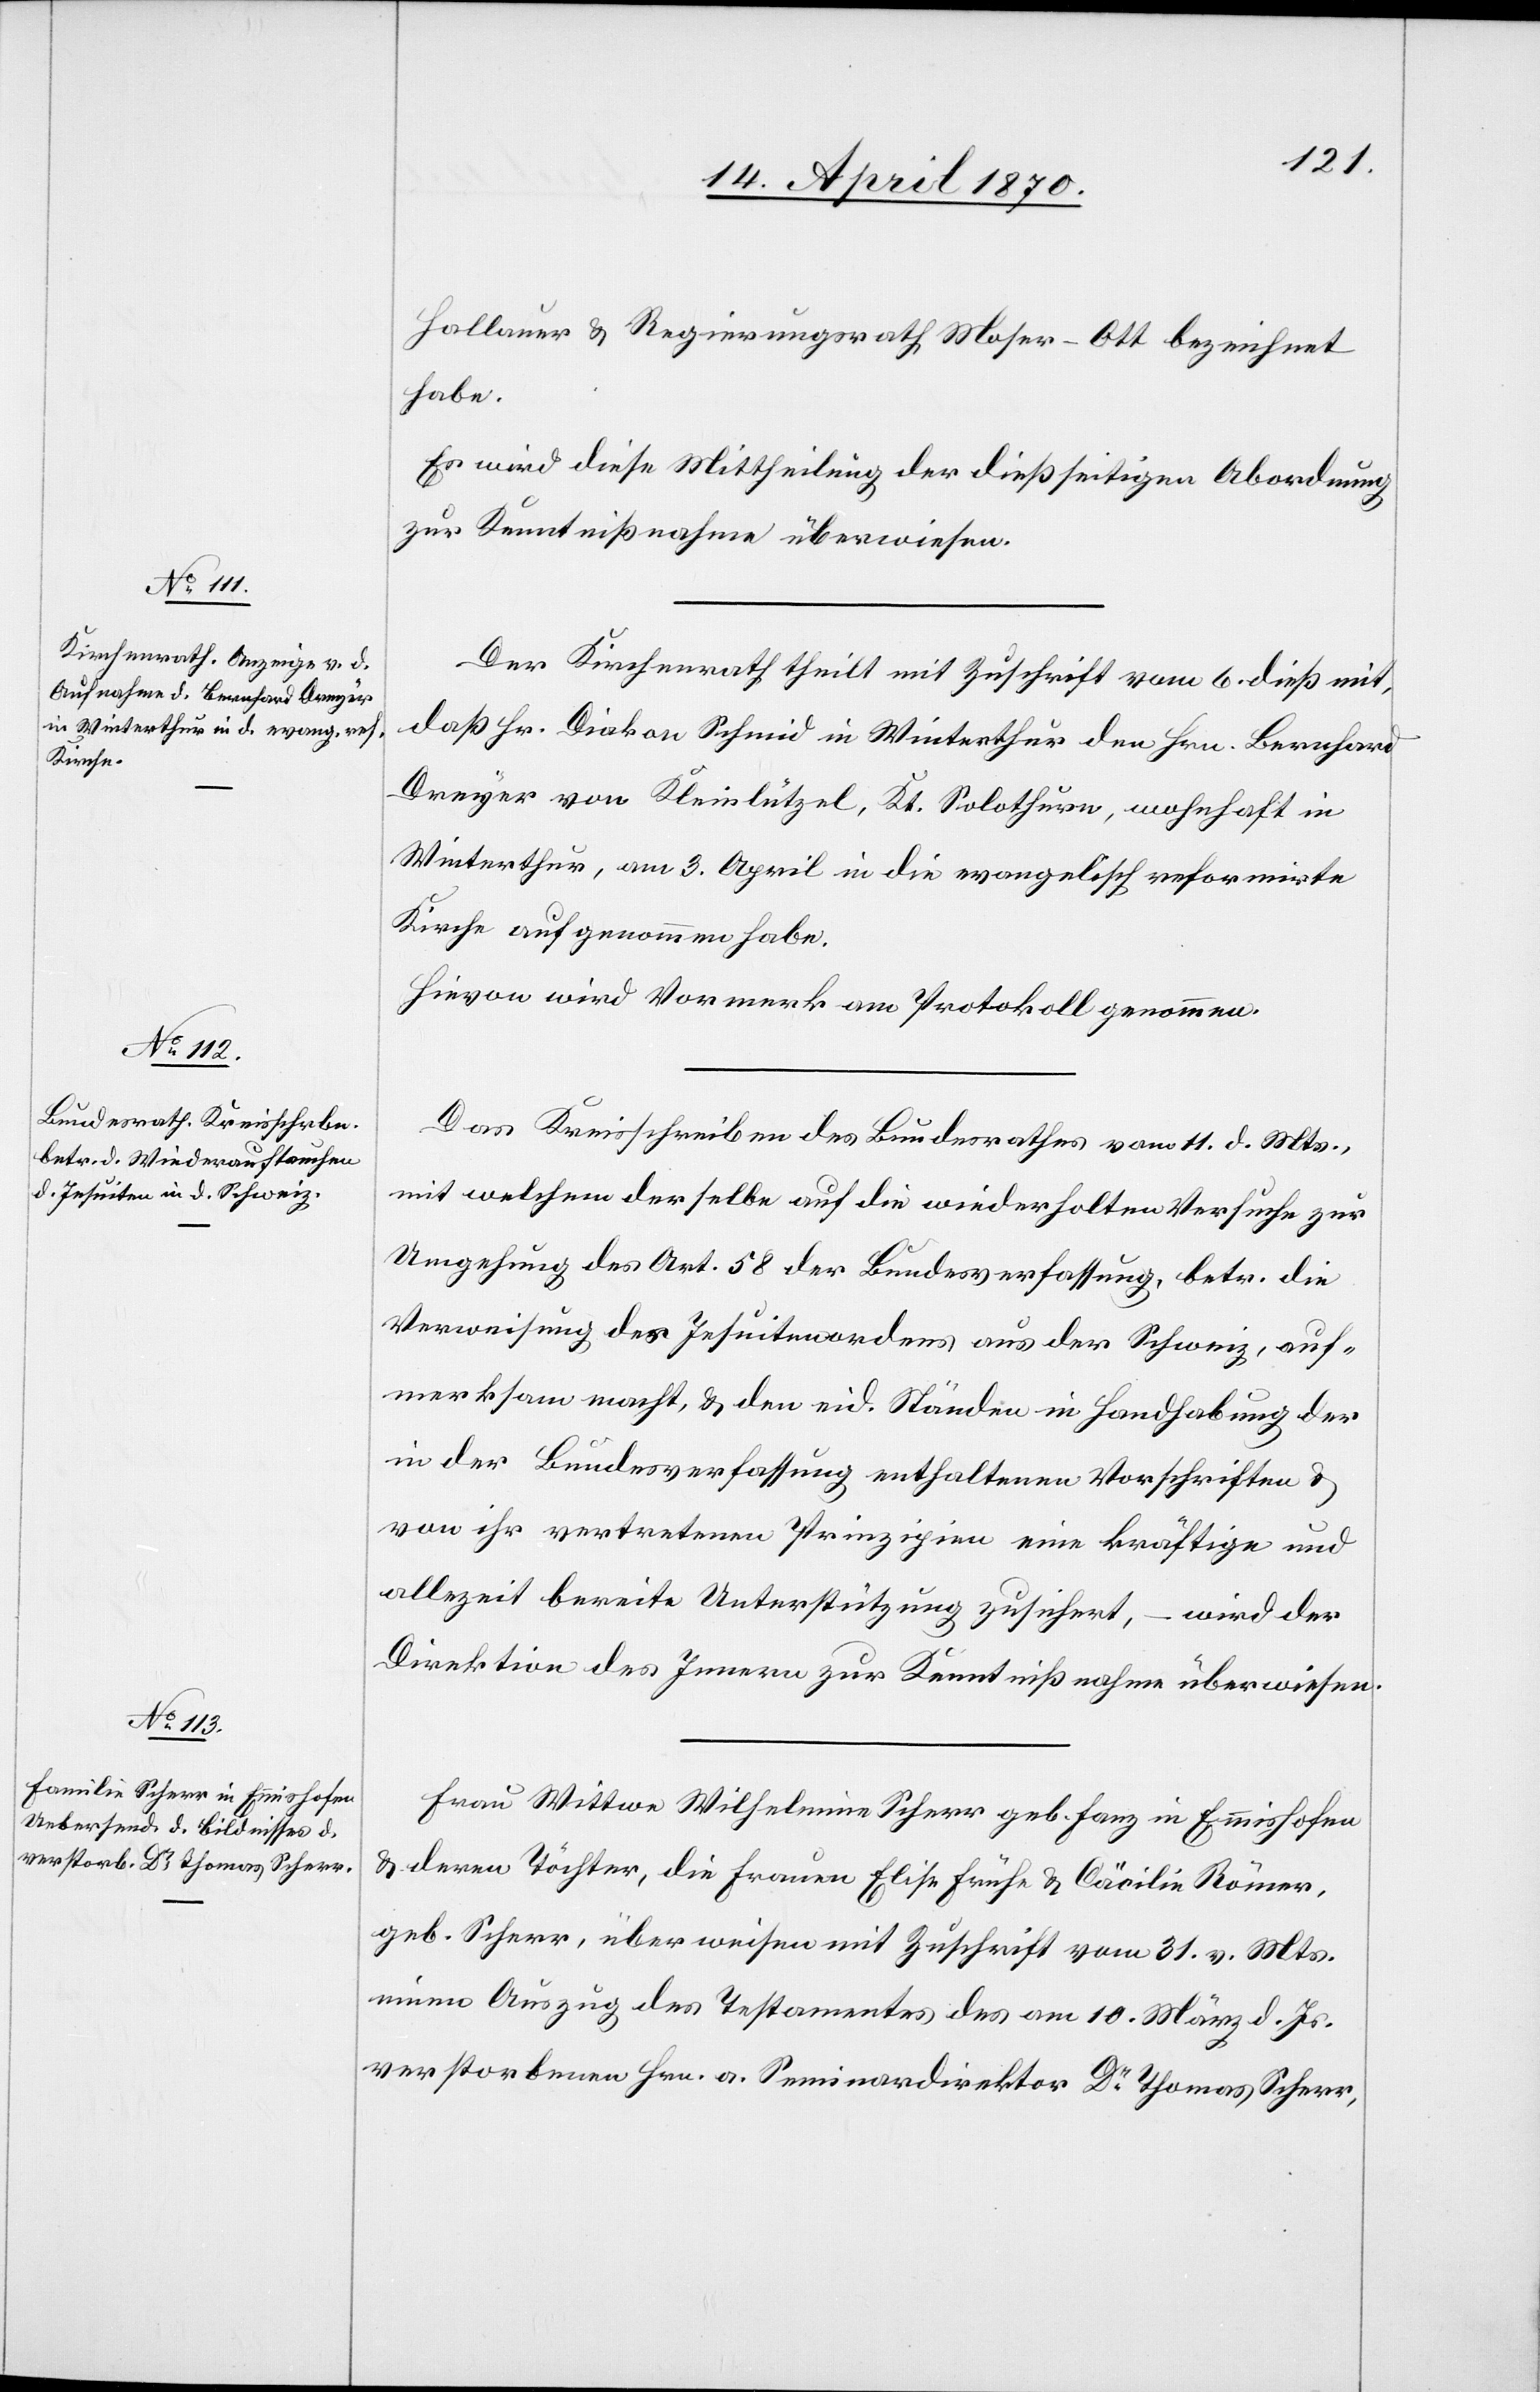
Hallauer & Regierungsrath Moser-Ott bezeichnet
habe.
Es wird diese Mittheilung der dießseitigen Abordnung
zur Kenntnißnahme überwiesen.
Der Kirchenrath theilt mit Zuschrift vom 6. dieß mit,
daß Hr. Diakon Schmid in Winterthur den Hrn. Bernhard
Dreyer von Kleinlützel, Kt. Solothurn, wohnhaft in
Winterthur, am 3. April in die evangelisch reformirte
Kirche aufgenommen habe.
Hievon wird Vormerk am Protokoll genommen.
Das Kreisschreiben des Bundesrathes vom 11. d. Mts.,
mit welchem derselbe auf die wiederholten Versuche zur
Umgehung des Art. 58 der Bundesverfassung, betr. die
Verweisung des Jesuitenordens aus der Schweiz, auf¬
merksam macht, & den eid. Ständen in Handhabung der
in der Bundesverfassung enthaltenen Vorschriften &
von ihr vertretenen Prinzipien eine kräftige und
allzeit bereite Unterstützung zusichert, – wird der
Direktion des Innern zur Kenntnißnahme überwiesen.
Frau Wittwe Wilhelmine Scherr geb. Fanz in Emmishofen
& deren Töchter, die Frauen Elise Früh & Cäcilie Römer,
geb. Scherr, überweisen mit Zuschrift vom 31. v. Mts.
einen Auszug des Testaments des am 10. März d. Js.
verstorbenen Hrn. a. Seminardirektor Dr Thomas Scherr,